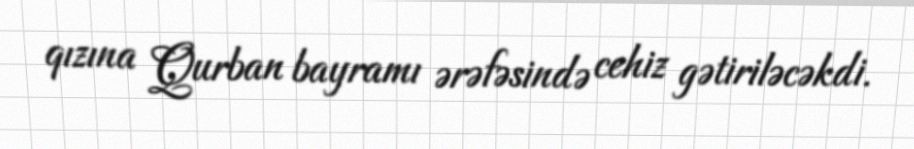
qızına Qurban bayramı ərəfəsində cehiz gətiriləcəkdi.